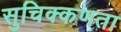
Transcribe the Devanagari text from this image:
सुचिक्कणता